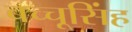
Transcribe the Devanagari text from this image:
बच्चूसिंह